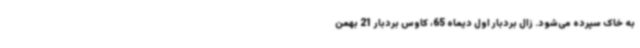
به خاک سپرده می‌شود. زال بردبار اول دیماه 65، کاوس بردبار 21 بهمن